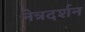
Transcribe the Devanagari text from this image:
नेत्रदर्शन